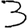
Digit: 3